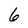
Character: 6